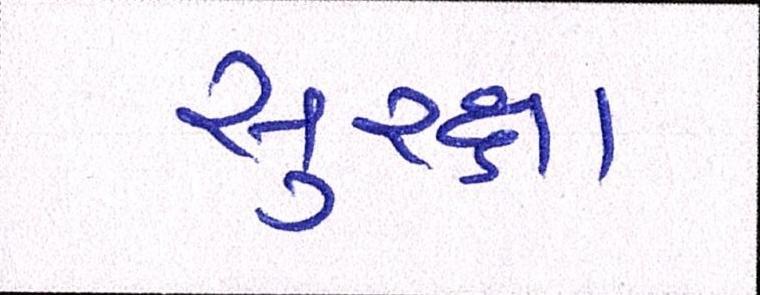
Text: સુરક્ષા